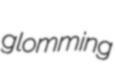
glomming